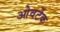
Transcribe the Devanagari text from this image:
ओवर्टेक